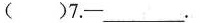
( )7.-___.